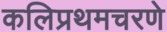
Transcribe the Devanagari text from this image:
कलिप्रथमचरणे